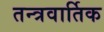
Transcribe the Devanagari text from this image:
तन्त्रवार्तिक